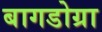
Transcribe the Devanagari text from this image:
बागडोग्रा